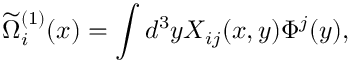
\widetilde { \Omega } _ { i } ^ { ( 1 ) } ( x ) = \int d ^ { 3 } y X _ { i j } ( x , y ) \Phi ^ { j } ( y ) ,